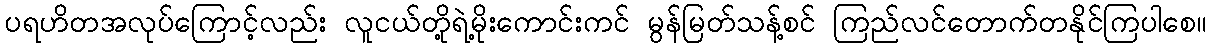
ပရဟိတအလုပ်ကြောင့်လည်း လူငယ်တို့ရဲ့မိုးကောင်းကင် မွန်မြတ်သန့်စင် ကြည်လင်တောက်တနိုင်ကြပါစေ။